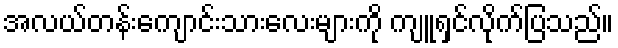
အလယ်တန်းကျောင်းသားလေးများကို ကျူရှင်လိုက်ပြသည်။